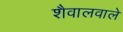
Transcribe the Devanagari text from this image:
शैवालवाले